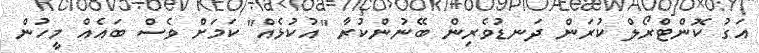
އަގު ކޮންޓްރޯލް ކުރަން ދަނޑުވެރިން ބޭނުންކުރާ "އުކުޅެއް" ކަމަށް ވެސް ބައެއް މީހުން